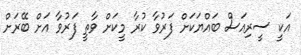
އަކީ ސީރިއަސް ބައްޔަކަށް ފަރުވާ ކުރާ މީކަށް ވާތީ ފަރުވާ އަށް ބޭރަށް